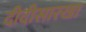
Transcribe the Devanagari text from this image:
दीदीसारखा